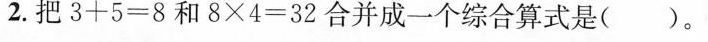
2.把$$3+5=8$$和$8×4=32$$合并成一个综合算式是()。